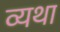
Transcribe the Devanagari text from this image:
व्‍यथा